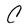
Character: C